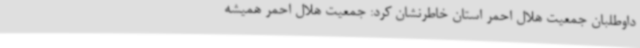
داوطلبان جمعیت هلال احمر استان خاطرنشان کرد: جمعیت هلال احمر همیشه